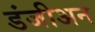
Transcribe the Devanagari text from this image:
डंजीअन